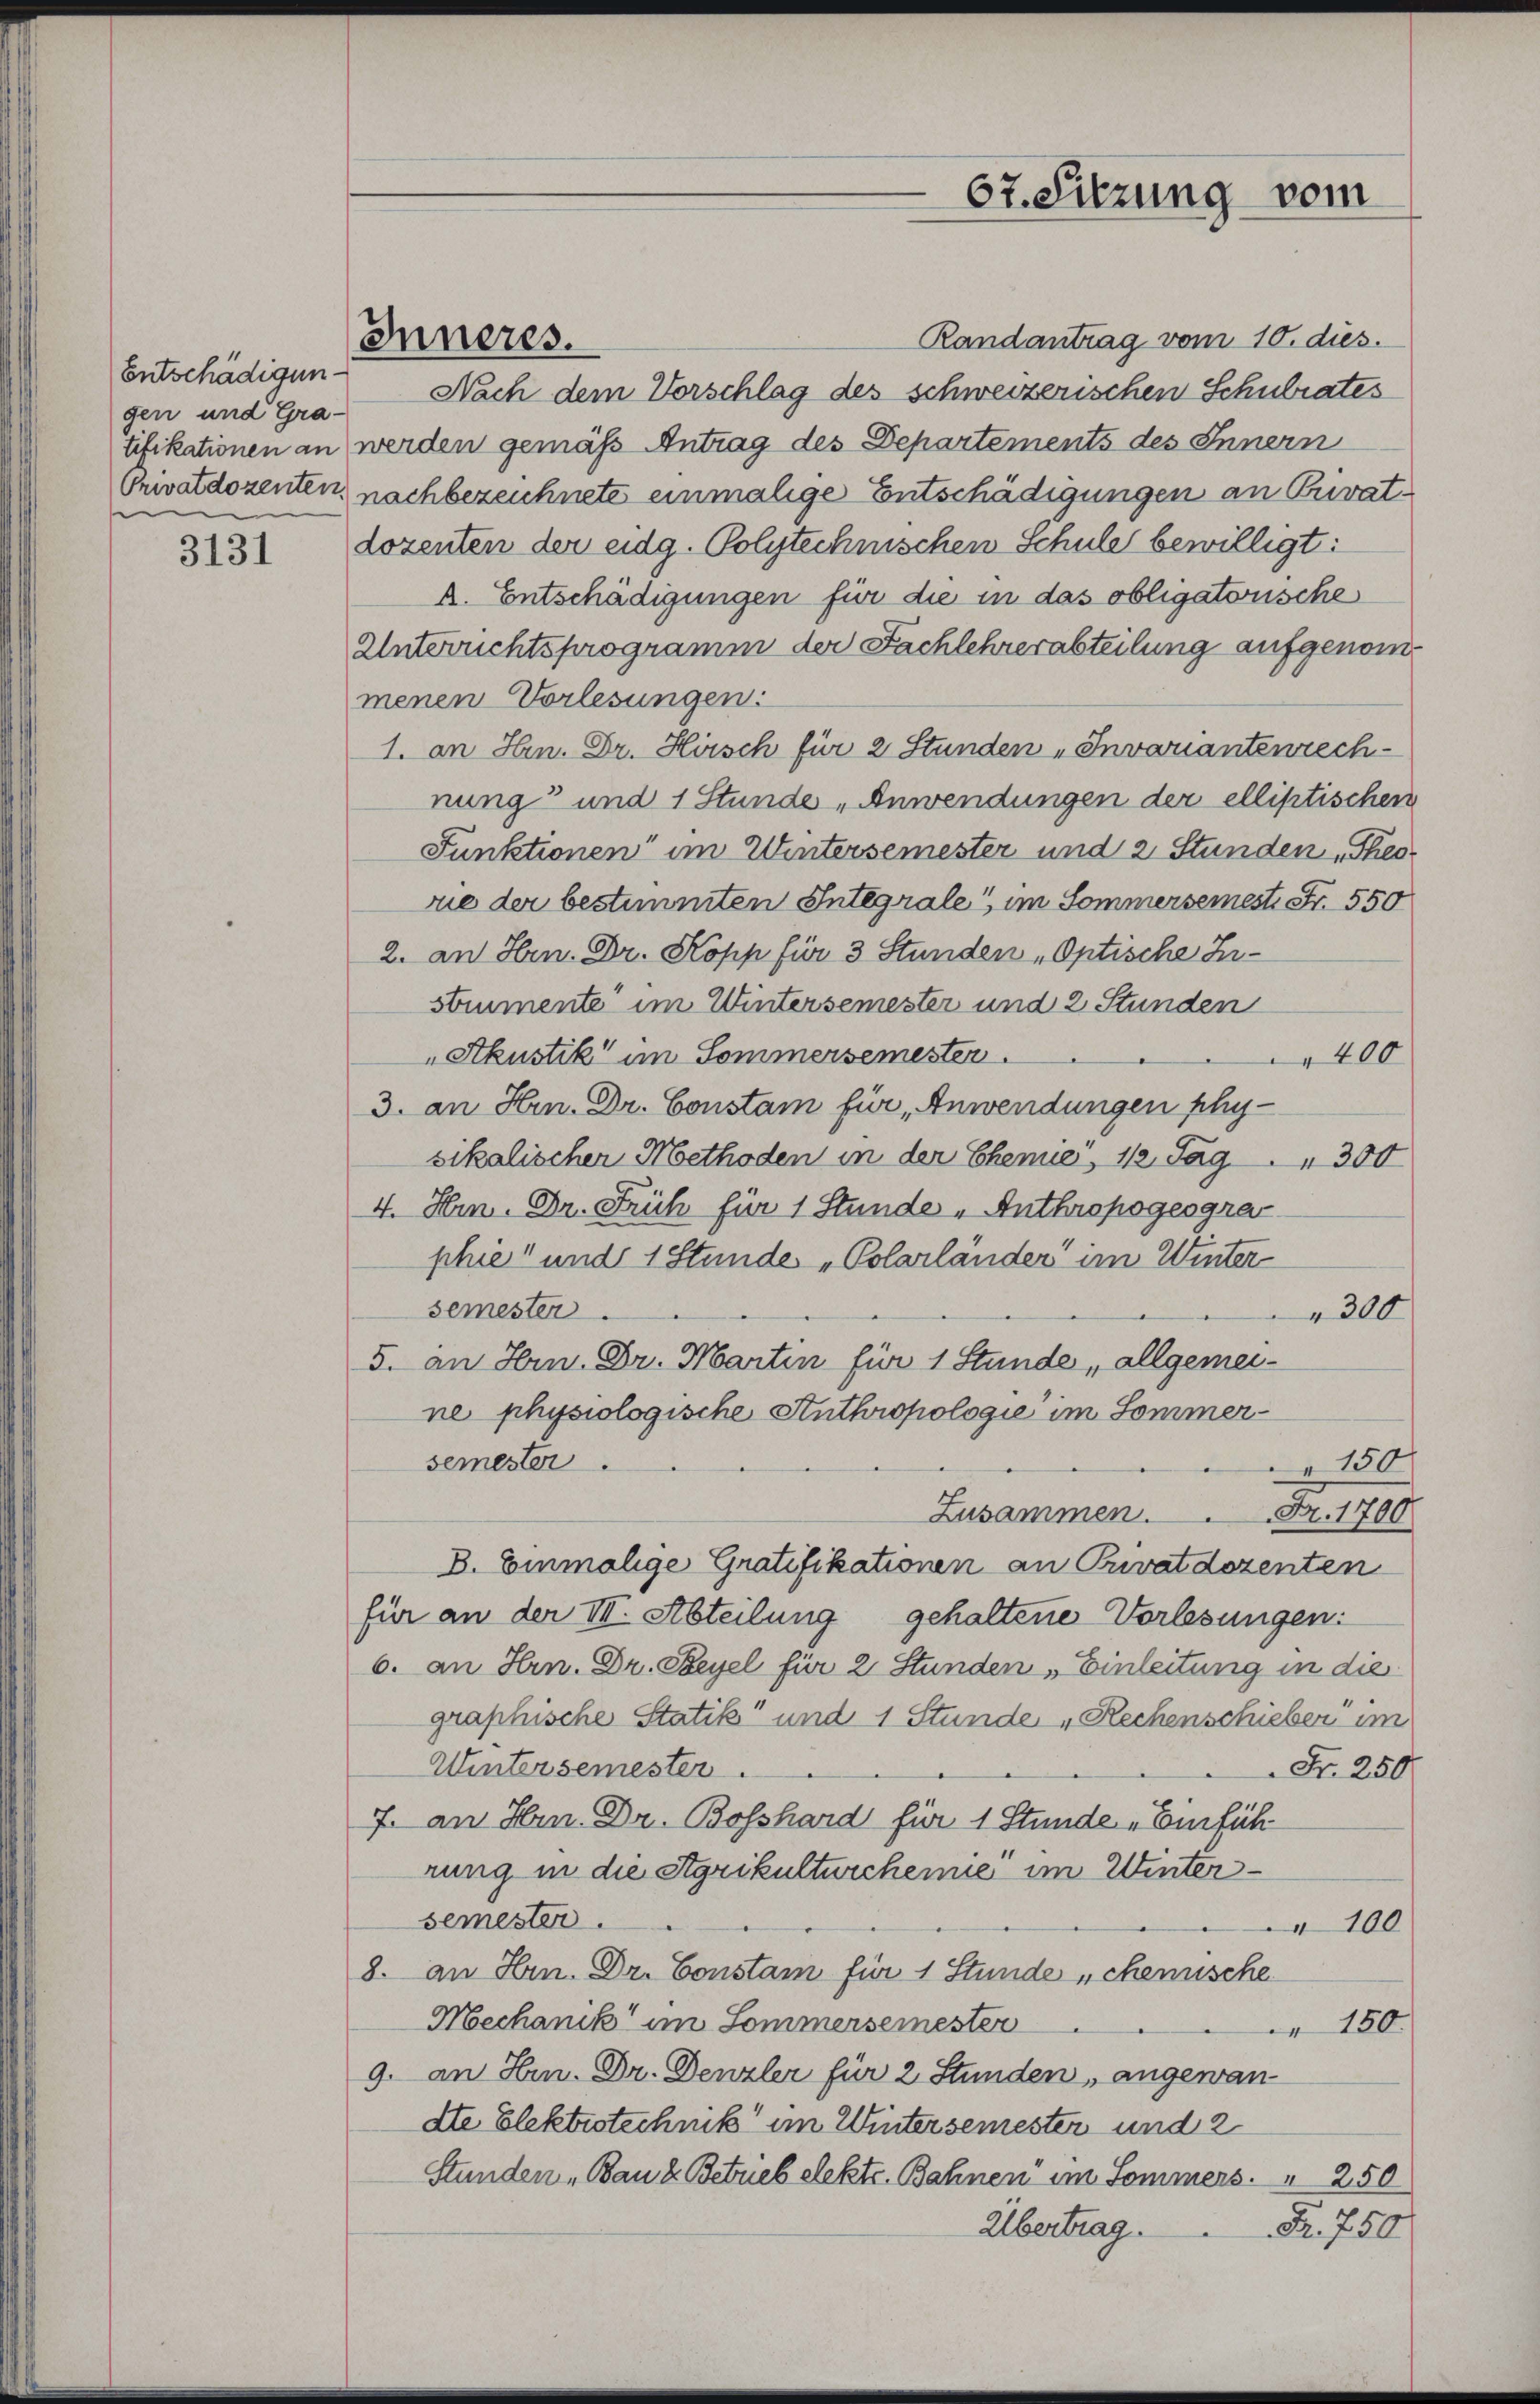
3131

Entschädigungen und Gra¬

Inneres.

Randantrag vom 10. dies.
Nach dem Vorschlag des schweizerischen Schulrates
tifikationen an werden gemäß Antrag des Departements des Innern
Privatdozenten nachbezeichnete einmalige Entschädigungen an Privatdozenten der eidg. Polytechnischen Schule bewilligt:
k. Entschädigungen für die in das obligatorische
Unterrichtsprogramm der Fachlehrerabteilung aufgenommenen Vorlesungen:
1. an Hrn. Dr. Hirsch für 2 Stunden „Invariantenrech
nung und 1 Stunde Anwendungen der ellistischen
Funktionen“ im Wintersemester und 2 Stunden „Theo
rie der bestimmten Integrale im Sommersemeste Fr. 550
2. an Hrn. Dr. Kopp für 3 Stunden Optische Zestrumente im Wintersemester und 2 Stunden
Akustik im Sommersemester.
400
3. an Hrn. Dr. Constam für Anwendungen physikalischer Methoden in der Chemie, 112 Tag " 300
4. Hrn. Dr. Früh für 1 Stunde - Anthropogeogra-
phie und 1 Stunde „Polarländer im Winter
semester
300
5. an Hrn. Dr. Martin für 1 Stunde, allgemeine physiologische Anthropologie im Sommersemester.
150
Fr. 1700
Zusammen.
B. Einmalige Gratifikationen an Privatdozenten
für an der III. Abteilung gehaltene Vorlesungen:
6. an Hrn. Dr. Steyel für 2 Stunden „Einleitung in die
graphische Statik und 1 Stunde „Rechenschieber im
Untersemester.
Fr. 250.
7. an Hrn. Dr. Bosshard für 1 Stunde „Einfüh
rung in die Stgrikulturchemie im Wintersemester.
100
8. an Hrn. Dr. Constam für 1 Stunde „chemische
Mechanik im Sommersemester
150
9. an Hrn. Dr. Denzler für 2 Stunden, angewandte Elektrotechnik im Wintersemester und 2
Stunden Bau & Betrieb elekte. Bahnen im Sommers. " 250
Übertrag.
Fr. 750

67. Sitzung vom